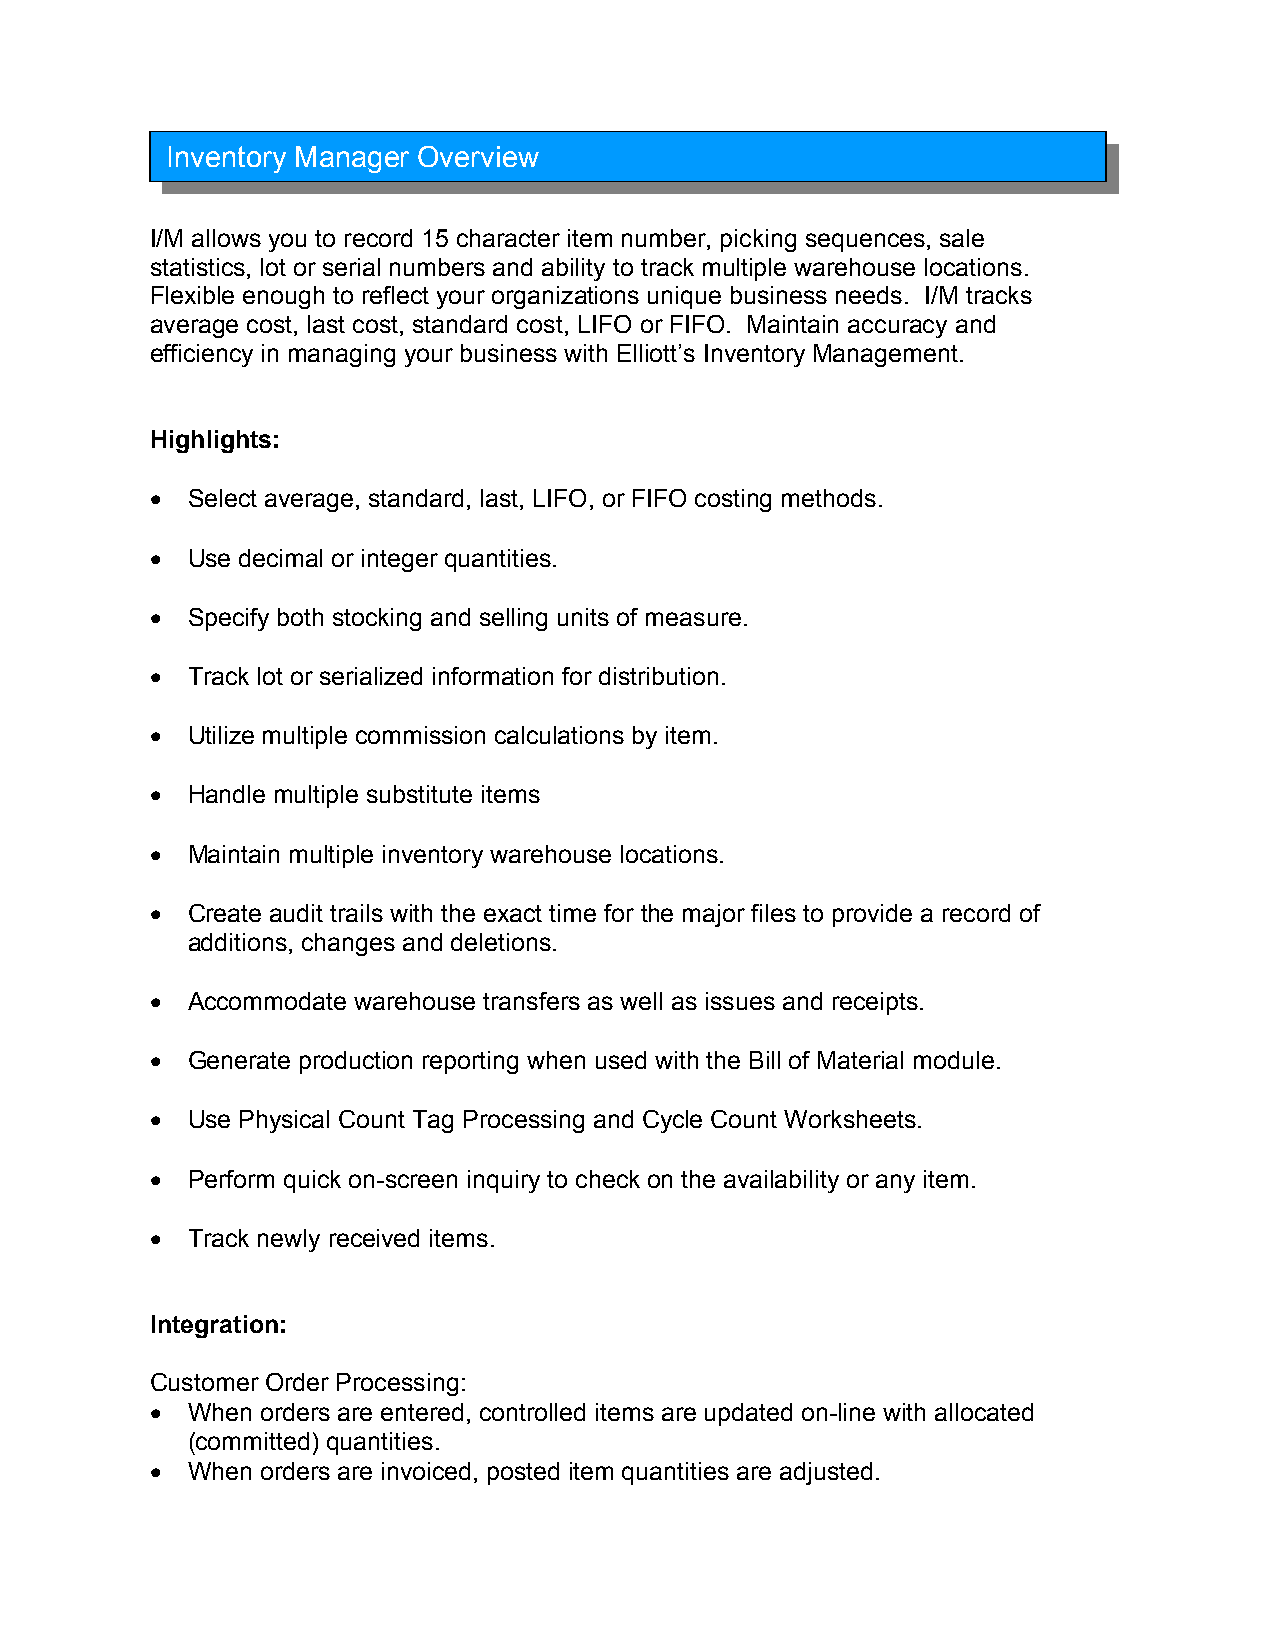
Inventory Manager Overview
 I/M allows you to record 15 character item number, picking sequences, sale
 statistics, lot or serial numbers and ability to track multiple warehouse locations.
 Flexible enough to reflect your organizations unique business needs. I/M tracks
 average cost, last cost, standard cost, LIFO or FIFO. Maintain accuracy and
 efficiency in managing your business with Elliott’s Inventory Management.
 Highlights:
 • Select average, standard, last, LIFO, or FIFO costing methods.
 • Use decimal or integer quantities.
 • Specify both stocking and selling units of measure.
 • Track lot or serialized information for distribution.
 • Utilize multiple commission calculations by item.
 • Handle multiple substitute items
 • Maintain multiple inventory warehouse locations.
 • Create audit trails with the exact time for the major files to provide a record of
 additions, changes and deletions.
 • Accommodate warehouse transfers as well as issues and receipts.
 • Generate production reporting when used with the Bill of Material module.
 • Use Physical Count Tag Processing and Cycle Count Worksheets.
 • Perform quick on-screen inquiry to check on the availability or any item.
 • Track newly received items.
 Integration:
 Customer Order Processing:
 • When orders are entered, controlled items are updated on-line with allocated
 (committed) quantities.
 • When orders are invoiced, posted item quantities are adjusted.